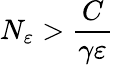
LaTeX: N_{\varepsilon}>\frac{C}{\gamma\varepsilon}